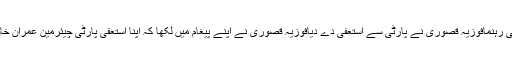
بدھ کو اپنے ایک ٹوئٹر پیغام میںپی ٹی آئی رہنمافوزیہ قصوری نے پارٹی سے استعفیٰ دے دیافوزیہ قصوری نے اپنے پیغام میں لکھا کہ اپنا استعفی پارٹی چیئرمین عمران خان اور دیگر پارٹی قائدین کو بھیج دیا ہے۔